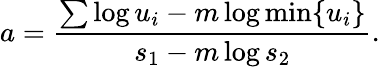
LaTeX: a={\frac{\sum\log u_{i}-m\log\operatorname*{min}\{ u_{i}\} }{s_{1}-m\log s_{2}}}.